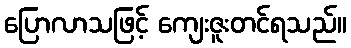
ပြောလာသဖြင့် ကျေးဇူးတင်ရသည်။